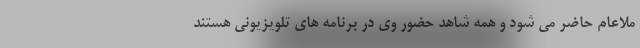
ملاعام حاضر می شود و همه شاهد حضور وی در برنامه های تلویزیونی هستند